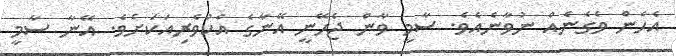
އެހެން ވެގެނެއް ނުވާނެއެވެ. ސާމީ ވާން ޖެހޭނީ އޭނާގެ އެކުވެރިއަކަށެވެ. އޭނާ ސާމީ